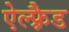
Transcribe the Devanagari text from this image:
ऐल्फ़्रैड